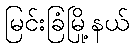
မြင်းခြံမြို့နယ်